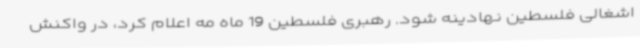
اشغالی فلسطین نهادینه شود. رهبری فلسطین 19 ماه مه اعلام کرد، در واکنش